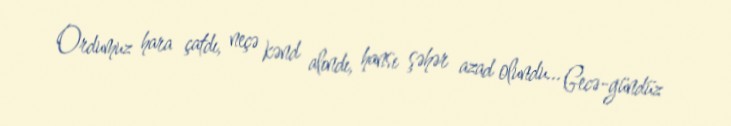
Ordumuz hara çatdı, neçə kənd alındı, hansı şəhər azad olundu... Gecə-gündüz